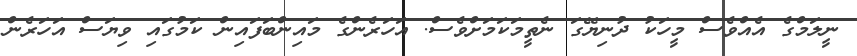
ނީލަމްގެ އެއްވެސް މީހަކު ދުނިޔޭގަ ނެތީމަކަމަށްވެސް. އަހަރެންގެ މައިންބަފައިން ކަމުގައި ވިޔަސް އަހަރެން